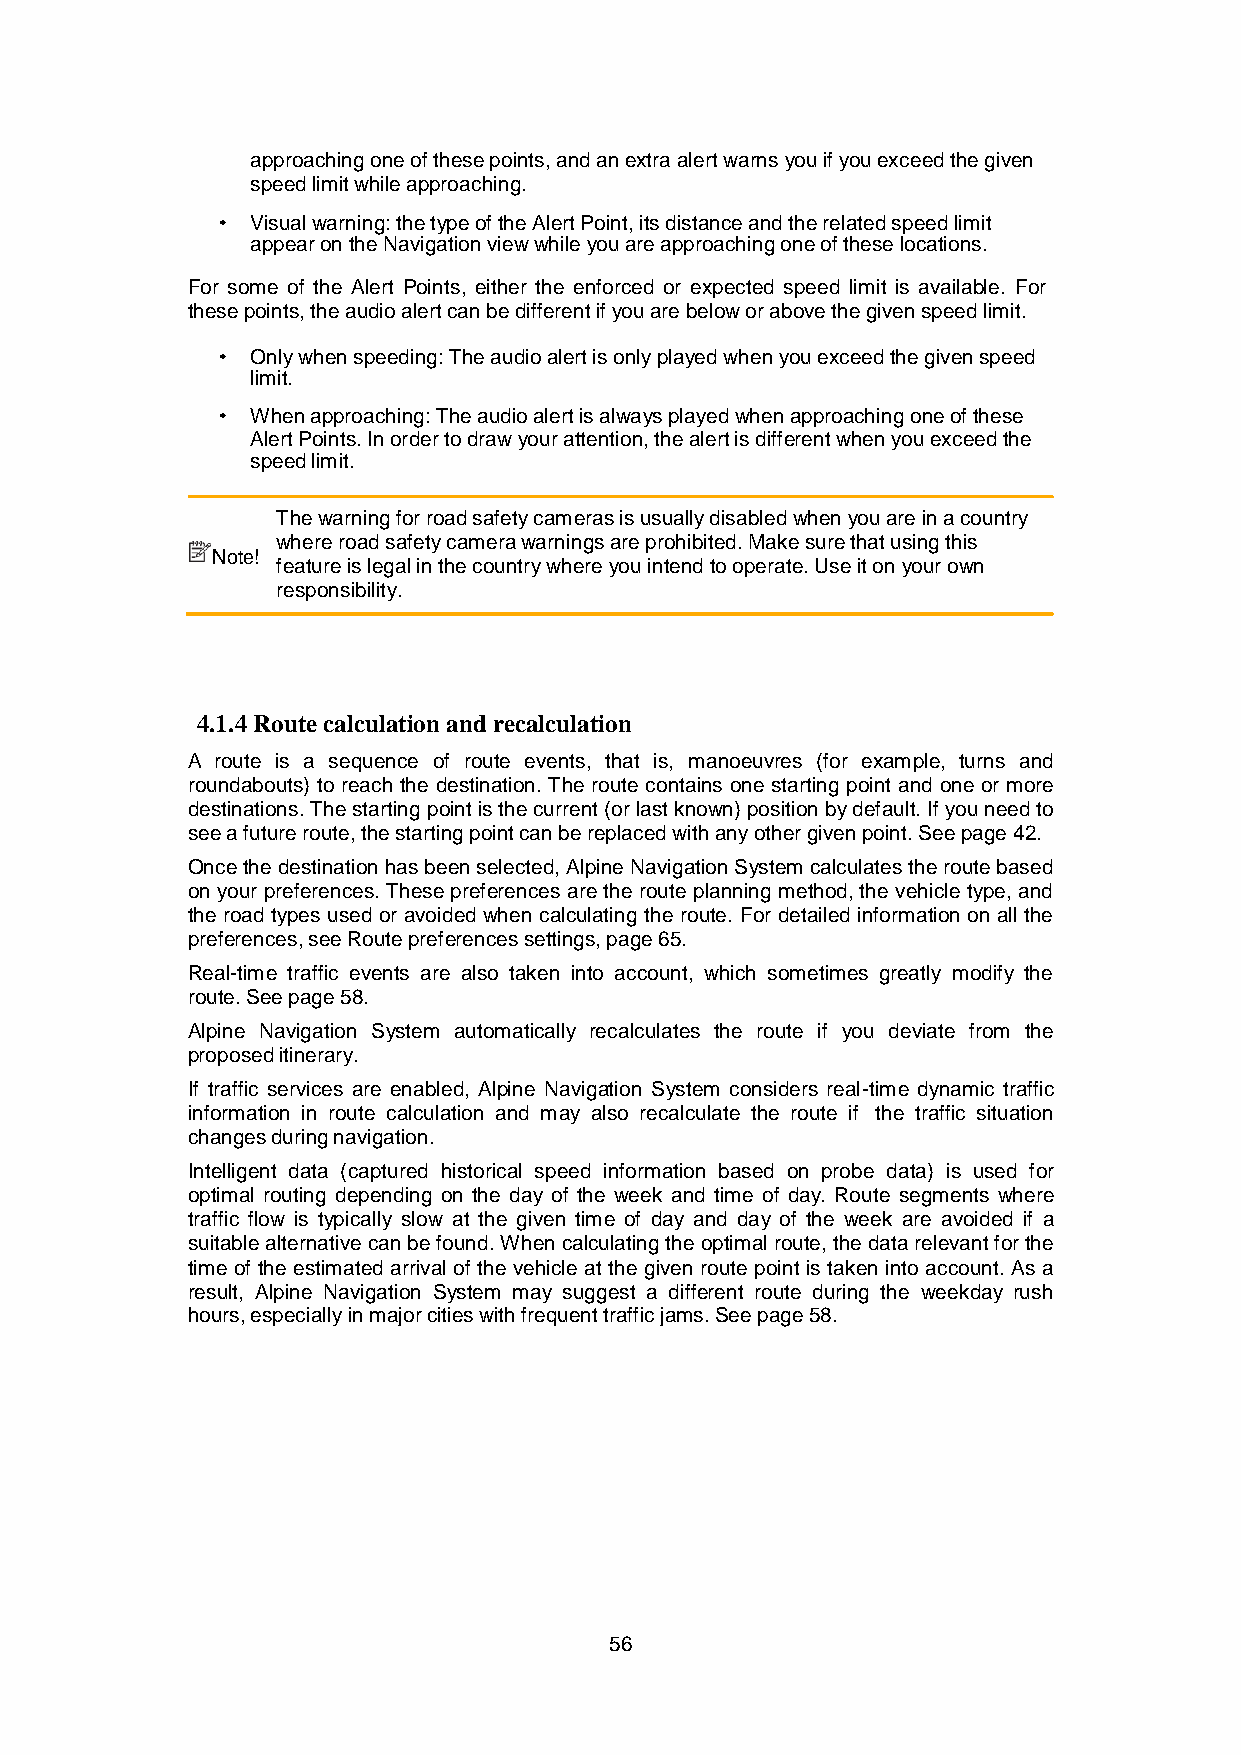
approaching one of these points, and an extra alert warns you if you exceed the given
 speed limit while approaching.
 Visual warning: the type of the Alert Point, its distance and the related speed limit
 appear on the Navigation view while you are approaching one of these locations.
 For some of the Alert Points, either the enforced or expected speed limit is available. For
 these points, the audio alert can be different if you are below or above the given speed limit.
 Only when speeding: The audio alert is only played when you exceed the given speed
 limit.
 When approaching: The audio alert is always played when approaching one of these
 Alert Points. In order to draw your attention, the alert is different when you exceed the
 speed limit.
 The warning for road safety cameras is usually disabled when you are in a country
 where road safety camera warnings are prohibited. Make sure that using this
 Note!
 feature is legal in the country where you intend to operate. Use it on your own
 responsibility.
 4.1.4 Route calculation and recalculation
 A route is a sequence of route events, that is, manoeuvres (for example, turns and
 roundabouts) to reach the destination. The route contains one starting point and one or more
 destinations. The starting point is the current (or last known) position by default. If you need to
 see a future route, the starting point can be replaced with any other given point. See page 42.
 Once the destination has been selected, Alpine Navigation System calculates the route based
 on your preferences. These preferences are the route planning method, the vehicle type, and
 the road types used or avoided when calculating the route. For detailed information on all the
 preferences, see Route preferences settings, page 65.
 Real-time traffic events are also taken into account, which sometimes greatly modify the
 route. See page 58.
 Alpine Navigation System automatically recalculates the route if you deviate from the
 proposed itinerary.
 If traffic services are enabled, Alpine Navigation System considers real-time dynamic traffic
 information in route calculation and may also recalculate the route if the traffic situation
 changes during navigation.
 Intelligent data (captured historical speed information based on probe data) is used for
 optimal routing depending on the day of the week and time of day. Route segments where
 traffic flow is typically slow at the given time of day and day of the week are avoided if a
 suitable alternative can be found. When calculating the optimal route, the data relevant for the
 time of the estimated arrival of the vehicle at the given route point is taken into account. As a
 result, Alpine Navigation System may suggest a different route during the weekday rush
 hours, especially in major cities with frequent traffic jams. See page 58.
 56